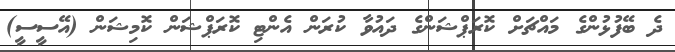
ދެ ބޭފުޅުންގެ މައްޗަށް ކޮރަޕްޝަންގެ ދައުވާ ކުރަން އެންޓި ކޮރަޕްޝަން ކޮމިޝަން (އޭސީސީ)